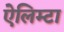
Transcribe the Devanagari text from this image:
ऐलिम्टा